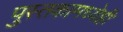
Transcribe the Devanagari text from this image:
पुस्तकामध्येही